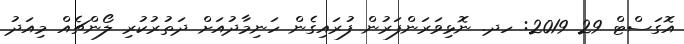
އޮގަސްޓް 29 2019: ހދ. ނޮޅިވަރަންފަރުން ފުރައިގެން ހަނިމާދުއަށް ދަތުރުކުރި ލޯންޗެއް މިއަދު